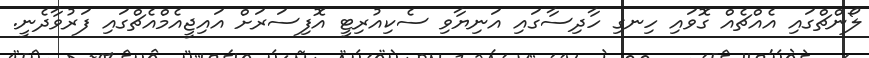
ލޯންޗްގައި އެއްޗެއް ގޮވައި ހިނގި ހާދިސާގައި އަނިޔާވި ސެކިއުރިޓީ އޮފިސަރަަށް އައިޖީއެމްއެޗްގައި ފަރުވާދެނީ.